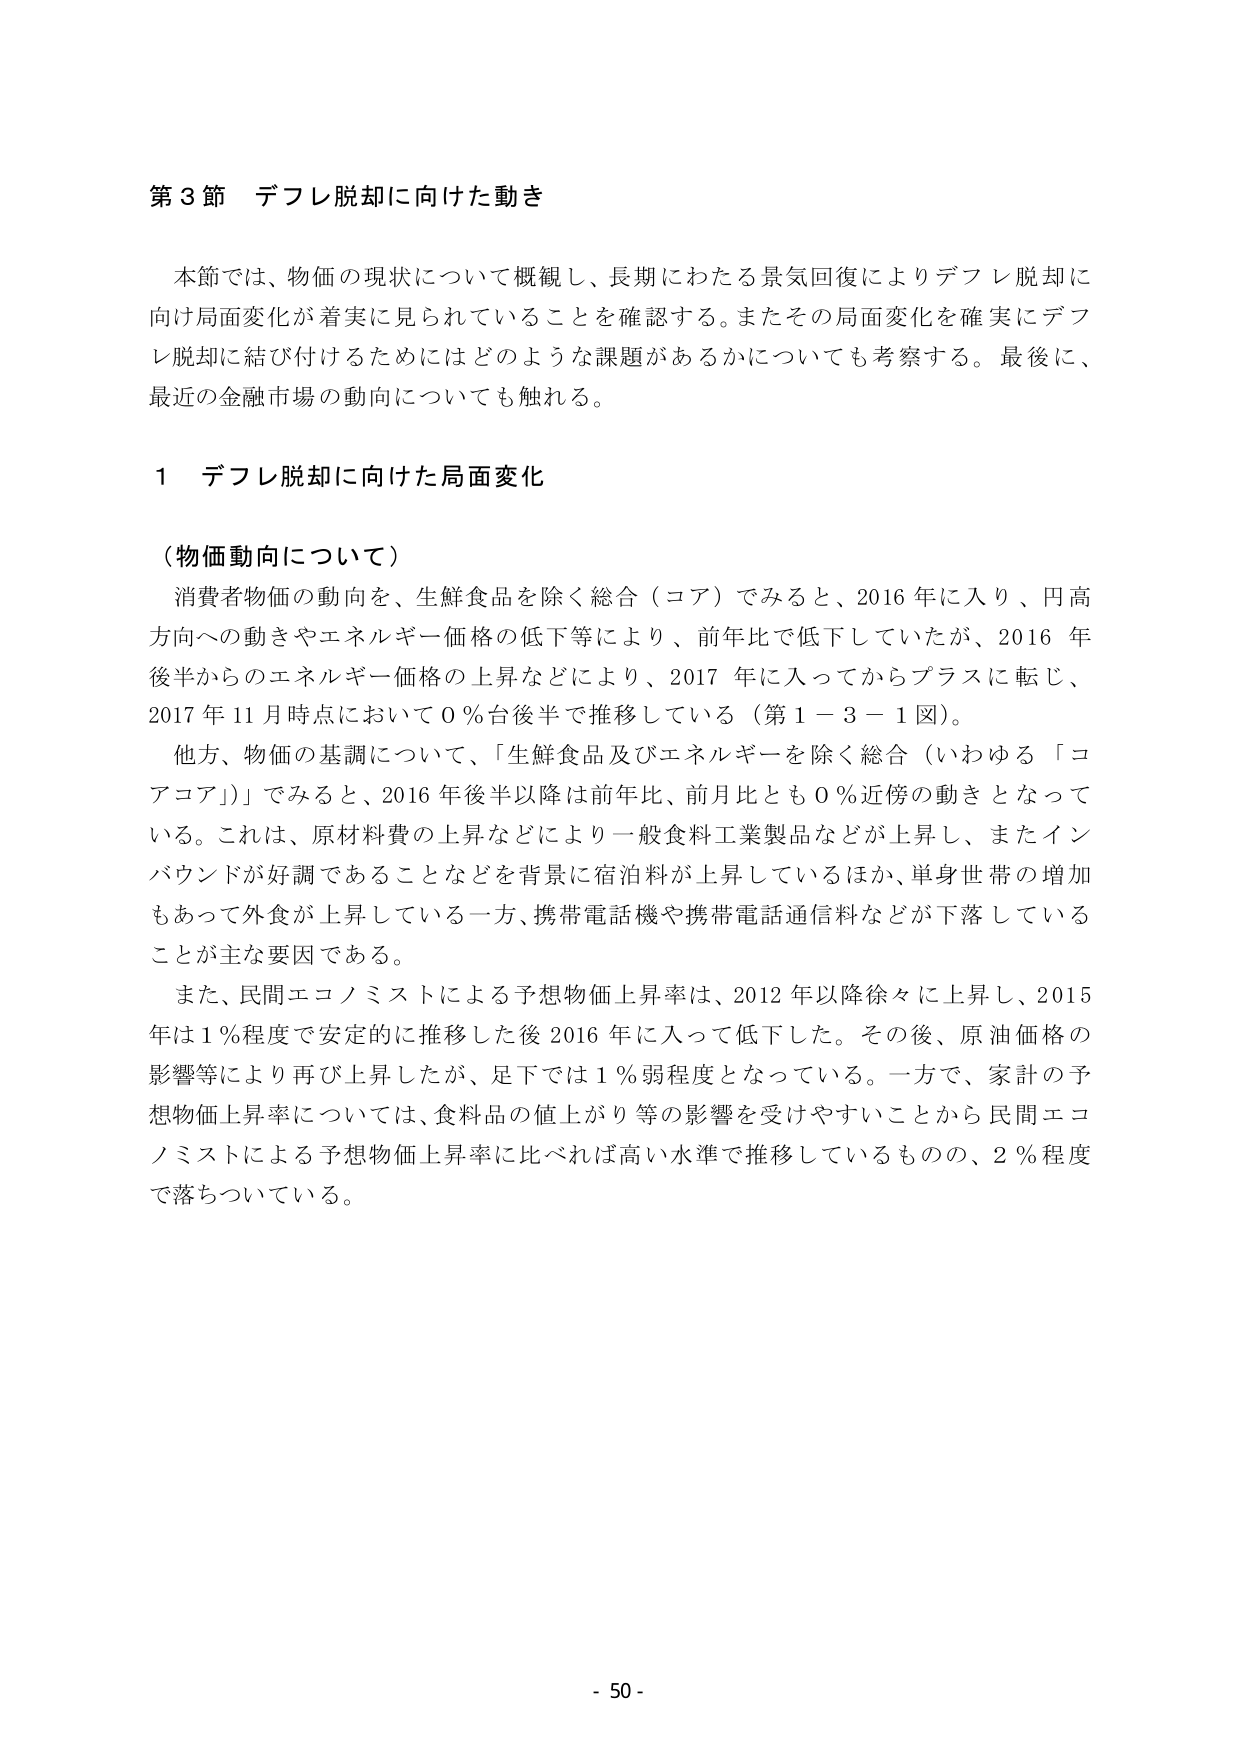
第３節 デフレ脱却に向けた動き

本節では、物価の現状について概観し、長期にわたる景気回復によりデフレ脱却に向け局面変化が着実に見られていることを確認する。またその局面変化を確実にデフレ脱却に結び付けるためにはどのような課題があるかについても考察する。最後に、最近の金融市場の動向についても触れる。

１ デフレ脱却に向けた局面変化

（物価動向について）

消費者物価の動向を、生鮮食品を除く総合（コア）でみると、2016年に入り、円高方向への動きやエネルギー価格の低下等により、前年比で低下していたが、2016年後半からのエネルギー価格の上昇などにより、2017年に入ってからプラスに転じ、2017年11月時点において0％台後半で推移している（第1－3－1図）。

他方、物価の基調について、「生鮮食品及びエネルギーを除く総合（いわゆる「コアコア」）」でみると、2016年後半以降は前年比、前月比とも0％近傍の動きとなっている。これは、原材料費の上昇などにより一般食料工業製品などが上昇し、またインバウンドが好調であることなどを背景に宿泊料が上昇しているほか、単身世帯の増加もあって外食が上昇している一方、携帯電話機や携帯電話通信料などが下落していることが主な要因である。

また、民間エコノミストによる予想物価上昇率は、2012年以降徐々に上昇し、2015年は1％程度で安定的に推移した後2016年に入って低下した。その後、原油価格の影響等により再び上昇したが、足下では1％弱程度となっている。一方で、家計の予想物価上昇率については、食料品の値上がり等の影響を受けやすいことから民間エコノミストによる予想物価上昇率に比べれば高い水準で推移しているものの、2％程度で落ちついている。

- 50 -